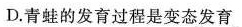
D.青蛙的发育过程是变态发育